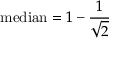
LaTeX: { \mathrm { m e d i a n } } = 1 - { \frac { 1 } { \sqrt { 2 } } }